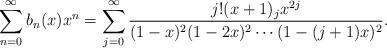
LaTeX: \begin{align*}\sum_{n=0}^\infty b_n(x) x^n = \sum_{j=0}^\infty \frac{j! (x+1)_j x^{2j}}{(1-x)^2 (1-2x)^2 \cdots (1-(j+1)x)^2}.\end{align*}